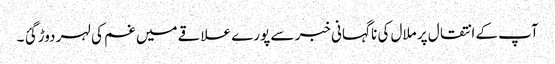
آپ کے انتقال پر ملال کی نا گہانی خبر سے پورے علاقے میں غم کی لہر دوڑ گئ ۔